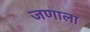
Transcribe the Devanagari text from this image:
जणाला